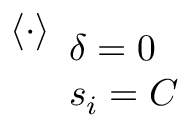
\left\langle \cdot \right\rangle _ { \begin{array} { l } { \delta = 0 } \\ { s _ { i } = C } \end{array} }